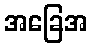
အခြေအ